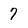
Character: 7